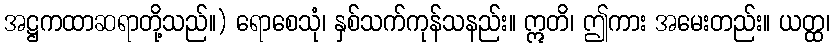
အဋ္ဌကထာဆရာတို့သည်။) ရောစေသုံ၊ နှစ်သက်ကုန်သနည်း။ ဣတိ၊ ဤကား အမေးတည်း။ ယတ္ထ၊